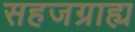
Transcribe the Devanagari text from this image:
सहजग्राह्य